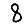
Digit: 8